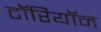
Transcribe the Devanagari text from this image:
टॉरियॉन